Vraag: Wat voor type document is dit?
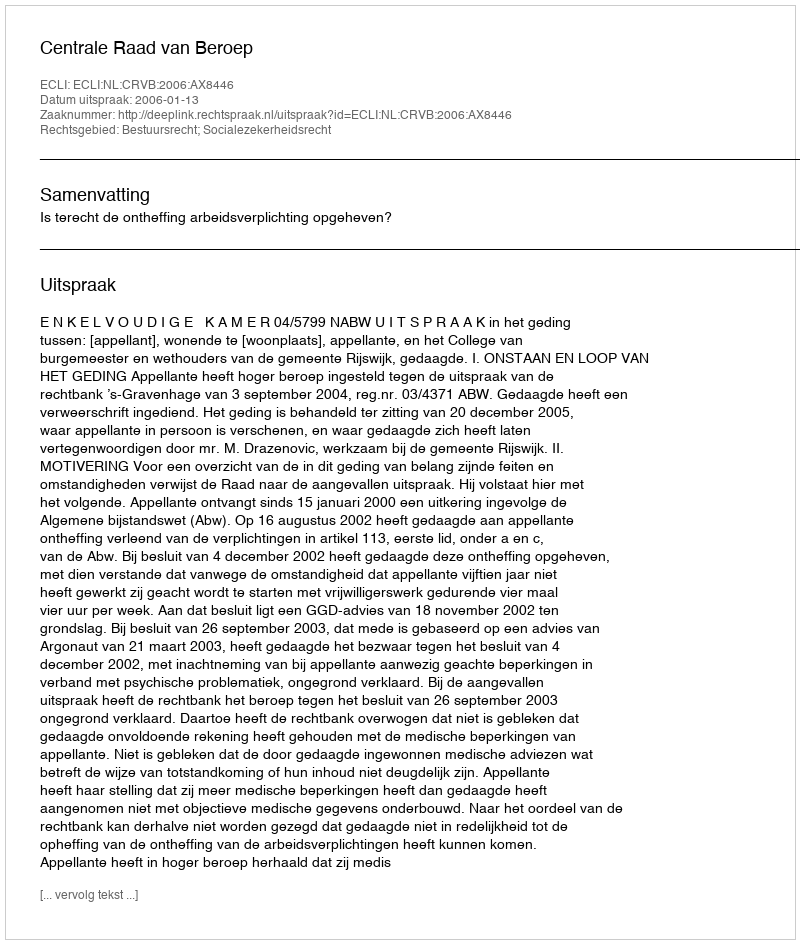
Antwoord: Uitspraak